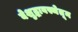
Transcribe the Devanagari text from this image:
बेशुद्धावस्थेतून